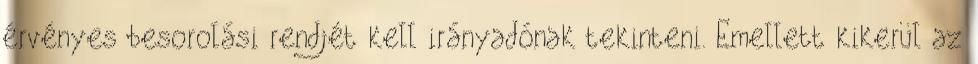
érvényes besorolási rendjét kell irányadónak tekinteni. Emellett kikerül az